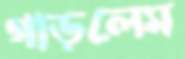
গাড়লেম